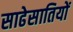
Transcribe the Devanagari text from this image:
साढेसातियों